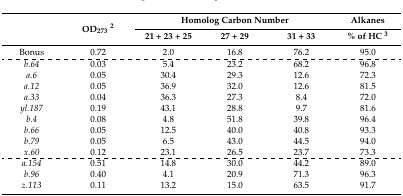
<table><thead><tr><td rowspan="2"></td><td rowspan="2"><b>OD<sub>273</sub><sup>2</sup></b></td><td colspan="3"><b>Homolog Carbon Number</b></td><td><b>Alkanes</b></td></tr><tr><td><b>21 + 23 + 25</b></td><td><b>27 + 29</b></td><td><b>31 + 33</b></td><td><b>% of HC <sup>3</sup></b></td></tr></thead><tbody><tr><td>Bonus</td><td>0.72</td><td>2.0</td><td>16.8</td><td>76.2</td><td>95.0</td></tr><tr><td><i>b.64</i></td><td>0.03</td><td>5.4</td><td>23.2</td><td>68.2</td><td>96.8</td></tr><tr><td><i>a.6</i></td><td>0.05</td><td>30.4</td><td>29.3</td><td>12.6</td><td>72.3</td></tr><tr><td><i>a.12</i></td><td>0.05</td><td>36.9</td><td>32.0</td><td>12.6</td><td>81.5</td></tr><tr><td><i>a.33</i></td><td>0.04</td><td>36.3</td><td>27.3</td><td>8.4</td><td>72.0</td></tr><tr><td><i>yl.187</i></td><td>0.19</td><td>43.1</td><td>28.8</td><td>9.7</td><td>81.6</td></tr><tr><td><i>b.4</i></td><td>0.08</td><td>4.8</td><td>51.8</td><td>39.8</td><td>96.4</td></tr><tr><td><i>b.66</i></td><td>0.05</td><td>12.5</td><td>40.0</td><td>40.8</td><td>93.3</td></tr><tr><td><i>b.79</i></td><td>0.05</td><td>6.5</td><td>43.0</td><td>44.5</td><td>94.0</td></tr><tr><td><i>x.60</i></td><td>0.12</td><td>23.1</td><td>26.5</td><td>23.7</td><td>73.3</td></tr><tr><td><i>a.154</i></td><td>0.51</td><td>14.8</td><td>30.0</td><td>44.2</td><td>89.0</td></tr><tr><td><i>b.96</i></td><td>0.40</td><td>4.1</td><td>20.9</td><td>71.3</td><td>96.3</td></tr><tr><td><i>z.113</i></td><td>0.11</td><td>13.2</td><td>15.0</td><td>63.5</td><td>91.7</td></tr></tbody></table>